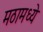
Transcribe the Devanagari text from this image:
मठामध्ये